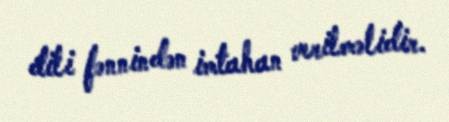
dili fənnindən imtahan verilməlidir.